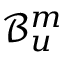
\mathcal { B } _ { u } ^ { m }